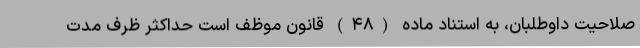
صلاحیت داوطلبان، به استناد ماده (۴۸) قانون موظف است حداکثر ظرف مدت